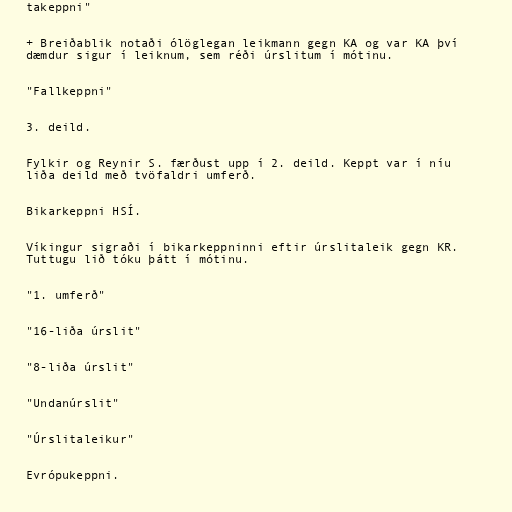
takeppni"

+ Breiðablik notaði ólöglegan leikmann gegn KA og var KA því
dæmdur sigur í leiknum, sem réði úrslitum í mótinu.

"Fallkeppni"

3. deild.

Fylkir og Reynir S. færðust upp í 2. deild. Keppt var í níu
liða deild með tvöfaldri umferð.

Bikarkeppni HSÍ.

Víkingur sigraði í bikarkeppninni eftir úrslitaleik gegn KR.
Tuttugu lið tóku þátt í mótinu.

"1. umferð"

"16-liða úrslit"

"8-liða úrslit"

"Undanúrslit"

"Úrslitaleikur"

Evrópukeppni.